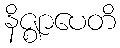
နိဇ္ဈာပေတိ